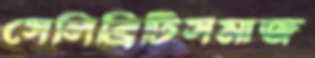
সেলিব্রিটিসমাজ